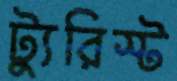
ট্যুরিস্ট